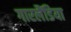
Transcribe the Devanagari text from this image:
गारलैंडिया